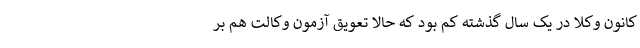
کانون وکلا در یک سال گذشته کم بود که حالا تعویق آزمون وکالت هم بر